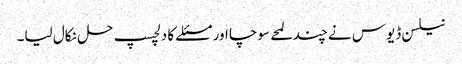
نیلسن ڈیوس نے چند لمحے سوچا اور مسئلے کا دلچسپ حل نکال لیا۔